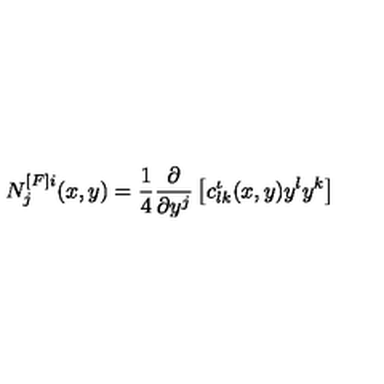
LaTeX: N _ { j } ^ { [ F ] i } ( x , y ) = \frac { 1 } { 4 } \frac { \partial } { \partial y ^ { j } } \left[ c _ { l k } ^ { \iota } ( x , y ) y ^ { l } y ^ { k } \right]